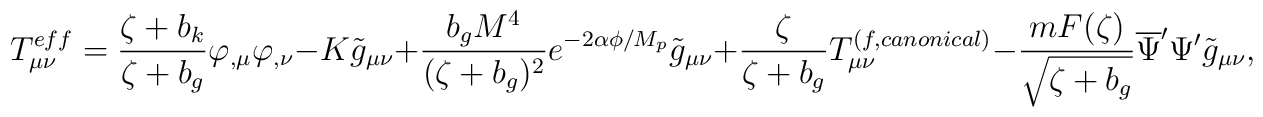
T_{\mu\nu}^{eff}=\frac{\zeta +b_{k}}{\zeta +b_{g}}\varphi_{,\mu}\varphi_{,\nu}-K\tilde{g}_{\mu\nu}+\frac{b_{g}M^{4}}{(\zeta +b_{g})^{2}}e^{-2\alpha\phi/M_{p}}\tilde{g}_{\mu\nu}+\frac{\zeta}{\zeta +b_{g}}T_{\mu\nu}^{(f,canonical)}-\frac{mF(\zeta)}{\sqrt{\zeta +b_{g}}}\overline{\Psi}^{\prime}\Psi^{\prime}\tilde{g}_{\mu\nu},